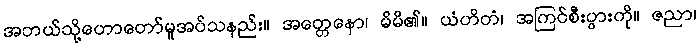
အဘယ်သို့ဟောတော်မူအပ်သနည်း။ အတ္တေနော၊ မိမိ၏။ ယံဟိတံ၊ အကြင်စီးပွားကို။ ဇညာ၊